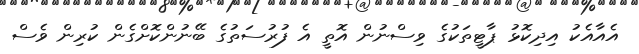
އެއާއެކު އިދިކޮޅު ޕާޓީތަކުގެ ވިސްނުން އޮތީ އެ ފުރުސަތުގެ ބޭނުންކޮށްގެން ކުރިން ވެސް